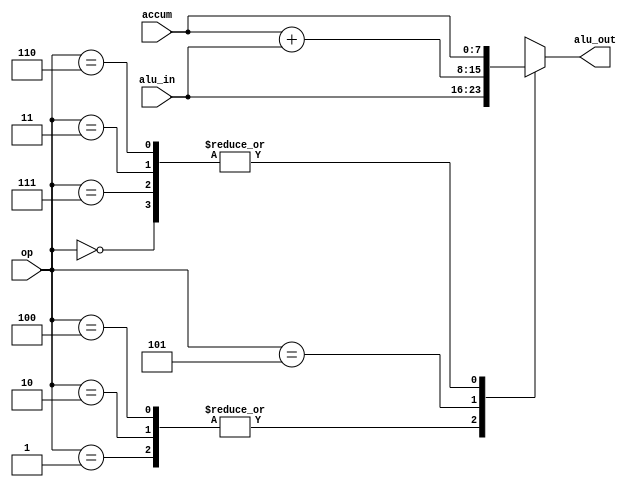
`timescale 1ns / 1ps
//////////////////////////////////////////////////////////////////////////////////
// Company: 
// Engineer: 
// 
// Design Name: 
// Module Name: alu
// Project Name: 
// Target Devices: 
// Tool Versions: 
// Description: 
// 
// Dependencies: 
// 
// Revision:
// Revision 0.01 - File Created
// Additional Comments:
// 
//////////////////////////////////////////////////////////////////////////////////


module alu(alu_out, alu_in, accum, op);

input [2:0] op;
input [7:0] alu_in,accum;
output reg [7:0] alu_out;

parameter 	NOP=3'b000,
			LDO=3'b001,
			LDA=3'b010,
			STO=3'b011,
			PRE=3'b100,
			ADD=3'b101,
			LDM=3'b110,
			HLT=3'b111;


always @(*) begin
		casez(op)
		NOP:	alu_out = accum;
		HLT:	alu_out = accum;
		LDO:	alu_out = alu_in;
		LDA:	alu_out = alu_in;
		STO:	alu_out = accum;
		PRE:	alu_out = alu_in;
		ADD:	alu_out = accum+alu_in;
		LDM:	alu_out = accum;
		default:	alu_out = 8'bzzzz_zzzz;
		endcase
end
			 
			
endmodule